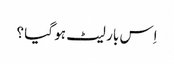
اِس بار لیٹ ہو گیا ؟